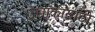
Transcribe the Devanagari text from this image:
उच्चांकासाठी